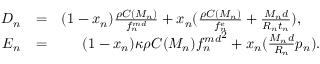
\begin{array} { r l r } { D _ { n } } & { = } & { ( 1 - x _ { n } ) \frac { \rho C ( M _ { n } ) } { f _ { n } ^ { m d } } + x _ { n } ( \frac { \rho C ( M _ { n } ) } { f _ { n } ^ { e } } + \frac { M _ { n } d } { R _ { n } t _ { n } } ) , \ \ \ \ } \\ { E _ { n } } & { = } & { ( 1 - x _ { n } ) \kappa \rho C ( M _ { n } ) { f _ { n } ^ { m d } } ^ { 2 } + x _ { n } ( \frac { M _ { n } d } { R _ { n } } p _ { n } ) . } \end{array}